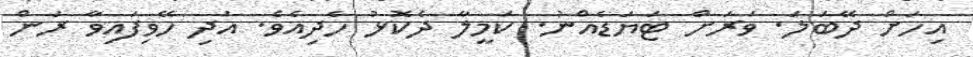
އިހަށް ދޭބަލަ. ވަރަށް ޓަޔަޑެއްނު. ކަމީލާ ދެކޮޅު ހެދިއެވެ. އަދި ހޭވިފައިވާ ރަން